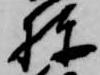
棟